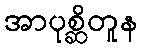
အာပုစ္ဆိတူန